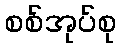
စစ်အုပ်စု